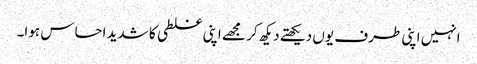
انہیں اپنی طرف یوں دیکھتے دیکھ کر مجھے اپنی غلطی کا شدید احساس ہوا۔